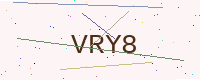
Text: VRY8